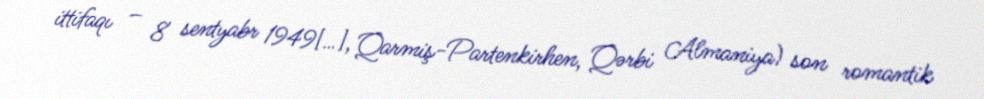
ittifaqı – 8 sentyabr 1949[…], Qarmiş-Partenkirhen, Qərbi Almaniya) son romantik